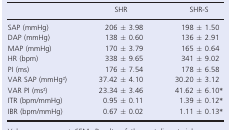
|  | SHR | SHR-S |
 | --- | --- | --- |
 | SAP (mmHg) | 206 ± 3.98 | 198 ± 1.50 |
 | DAP (mmHg) | 138 ± 0.60 | 136 ± 2.91 |
 | MAP (mmHg) | 170 ± 3.79 | 165 ± 0.64 |
 | HR (bpm) | 338 ± 9.65 | 341 ± 9.02 |
 | PI (ms) | 176 ± 7.54 | 178 ± 6.58 |
 | VAR SAP (mmHg2) | 37.42 ± 4.10 | 30.20 ± 3.12 |
 | VAR PI (ms2) | 23.34 ± 3.46 | 41.62 ± 6.10* |
 | ITR (bpm/mmHg) | 0.95 ± 0.11 | 1.39 ± 0.12* |
 | IBR (bpm/mmHg) | 0.67 ± 0.02 | 1.11 ± 0.13* |